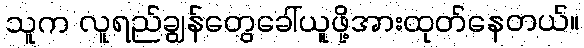
သူက လူရည်ချွန်တွေခေါ်ယူဖို့အားထုတ်နေတယ်။